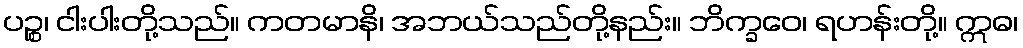
ပဉ္စ၊ ငါးပါးတို့သည်။ ကတမာနိ၊ အဘယ်သည်တို့နည်း။ ဘိက္ခဝေ၊ ရဟန်းတို့။ ဣဓ၊